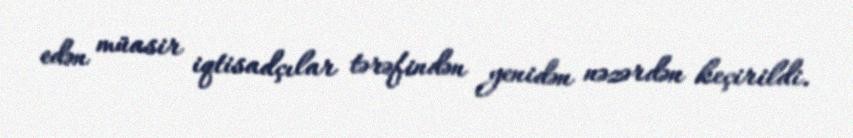
edən müasir iqtisadçılar tərəfindən yenidən nəzərdən keçirildi.